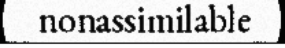
nonassimilable